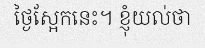
ថ្ងៃស្អែកនេះ។ ខ្ញុំយល់ថា